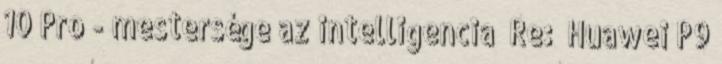
10 Pro - mestersége az intelligencia Re: Huawei P9